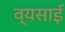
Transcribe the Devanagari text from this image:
व्यसाई